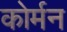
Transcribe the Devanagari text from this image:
कोर्मन